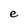
Character: e